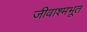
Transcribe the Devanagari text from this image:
जीवाश्मभूत